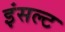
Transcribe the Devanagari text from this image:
इंसल्ट